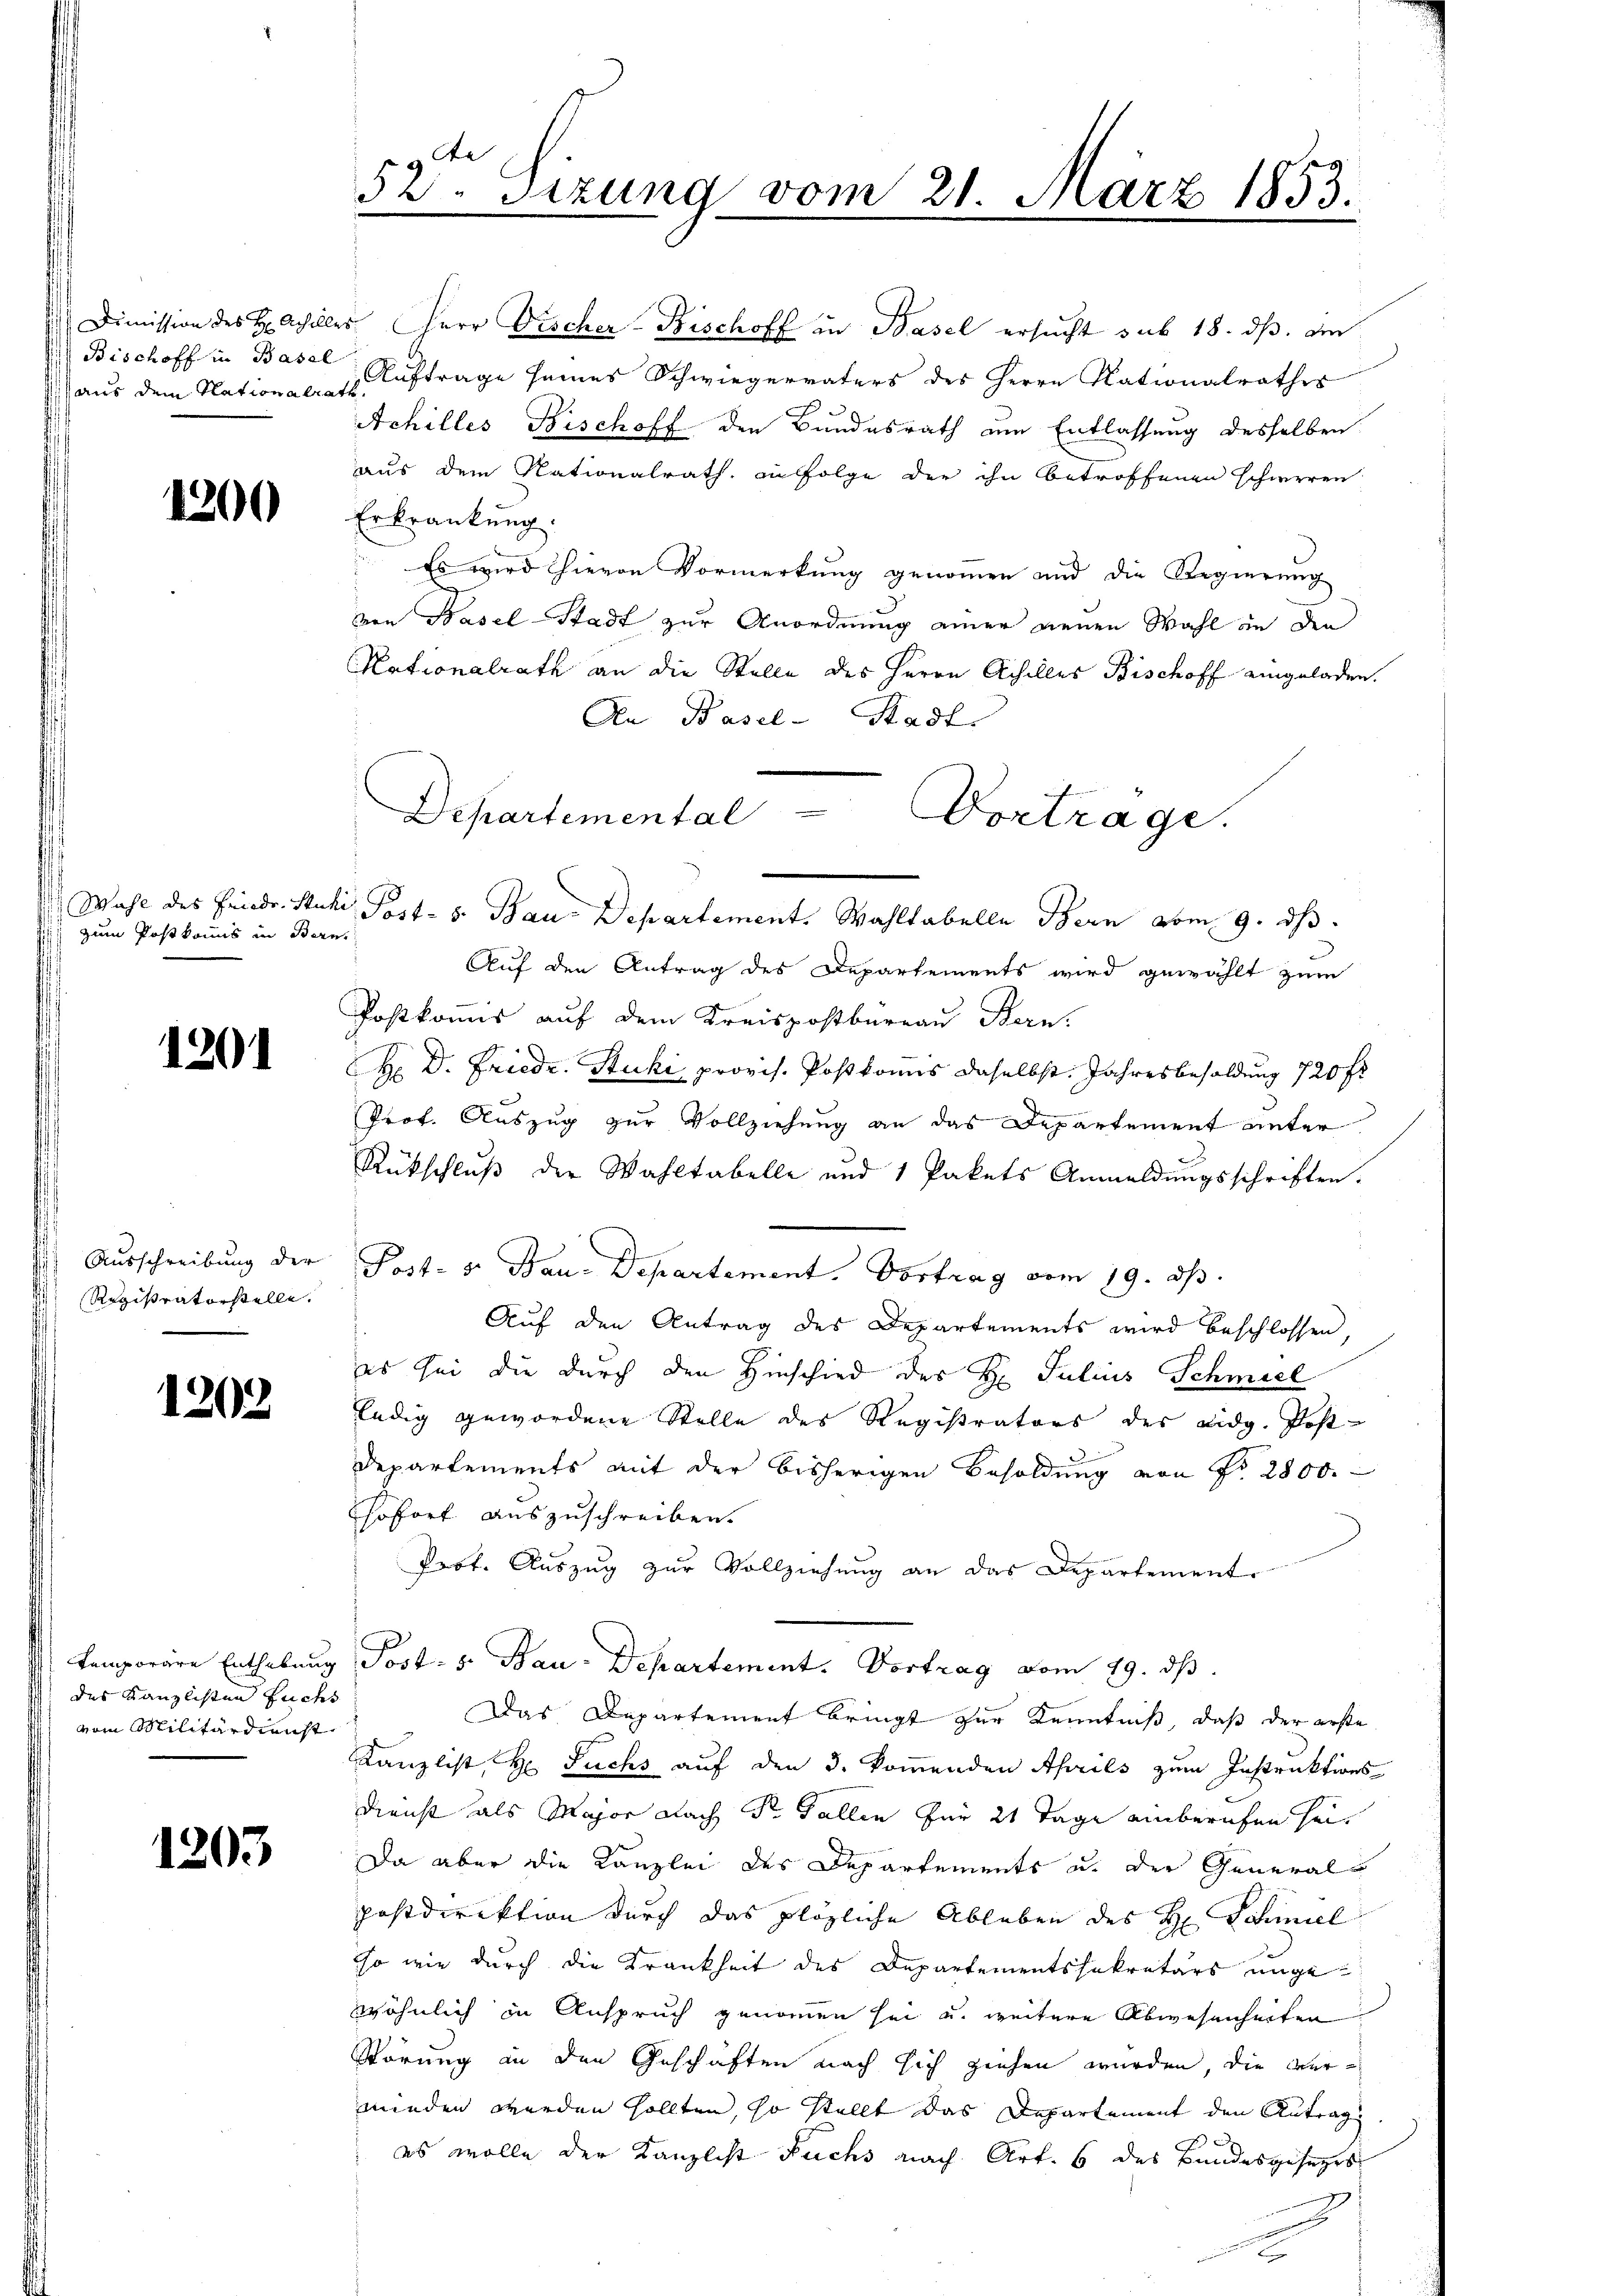
Dimission des H. Achilles
Bischoff in Basel
aus dem Nationalras

1200

Wahl des Friedr. Stücke
zum Postkommis in Bern

1201

1) Ausschreibung der
Rigistratorstelle.

1202

temporäre Enthebung
des Kanzlisten Fuchs
vom Militärdienst

1203

52. Sizung vom 21. März 1853.

u Herr Fischer-Bischoff in Basel ersucht sub 18. ds. die
Auftrage seines Schwiegervaters des Herrn Nationalrathes
.
Achilles Bischoff den Bundesrath am Entlassung desselben
aus dem Nationalrath, in Folge der ihn betroffenen schweren
Erkrankung
Es wird hievon Vormerkung genommen und die Regierung
von Hasel-Stadt zur Anordnung einer neuen Wahl in den
Kationalrath an die Stelle des Herrn Achilles Bischoff eingeladen.
An Basel-Stadt.
Departemental
Vortrage.
Post. v. Bau-Departement. Wahltabelle Bern vom 9. ds.
Auf den Antrag des Departements wird gewählt zum
Postkomis auf dem Kreispostbureau Stern.
H Dr. Friedr. Stucki, provis. Postkonis daselbst. Jahresbesoldung 720 f
Prof. Auszug zur Vollziehung an das Departement unter
Rückschluß der Wahltabelle und 1 Pakets Anmeldungsschriften.
Post. v. Bau-Departement. Vortrag vom 19. ds.
Auf den Antrag des Departements wird beschlossen,
es sei die durch den Hinschied des Hr. Julius Schmiel
ledig gewordene Stelle des Registrators des eidg. Post
Departements mit der bisherigen Besoldung von Fr. 2800.
sofort auszuschreiben.
Prof. Auszug zur Vollziehung an das Departement
Post. v. Bau-Departement. Vortrag vom 19. ds.
Das Departement bringt zur Kenntniß, daß der erste
Kanzlist, H. Fuchs auf den 3. kommenden Aprils zum Instruktions
Dienst als Major Nach Dr. Gallen für 21 Tage einberufen sei
Da aber die Kanzlei des Departements u. der General-
postdirektion durch das plözliche Ableben des H. Schiniel
so wie durch die Krankheit des Departementssekretärs ungewöhnlich in Anspruch genommen sei und weitere Abwesenheiten
Störung in den Geschäften nach sich ziehen würden, die vermieden werden sollten, so stellt das Departement den Antrag
.
es wolle der Kanzlist Fuchs nach Art. 6 des Bundesgesezes